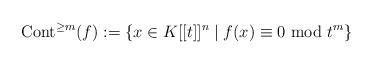
LaTeX: \begin{align*}\textnormal{Cont}^{\geq m}(f):=\{x\in K[[t]]^{n}\mid f(x)\equiv 0\textnormal{ mod }t^{m}\}\end{align*}